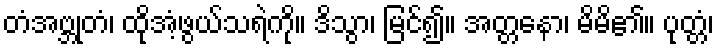
တံအဗ္ဘုတံ၊ ထိုအံ့ဖွယ်သရဲကို။ ဒိသွာ၊ မြင်၍။ အတ္တနော၊ မိမိ၏။ ပုတ္တံ၊